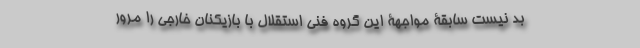
بد نیست سابقۀ مواجهۀ این گروه فنی استقلال با بازیکنان خارجی را مرور